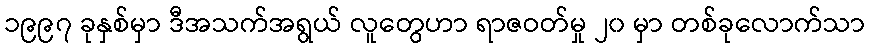
၁၉၉၇ ခုနှစ်မှာ ဒီအသက်အရွယ် လူတွေဟာ ရာဇဝတ်မှု ၂၀ မှာ တစ်ခုလောက်သာ